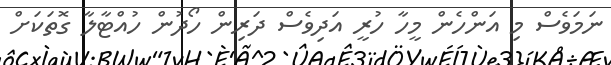
ނަމަވެސް މި އަންހެން މީހާ ހުރީ އަދިވެސް ދަރިން ހޯދުން ހުއްޓާލާ ގޮތަކަށް